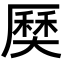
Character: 𡙽